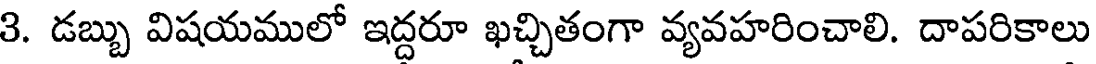
3. డబ్బు విషయములో ఇద్దరూ ఖచ్చితంగా వ్యవహరించాలి. దాపరికాలు